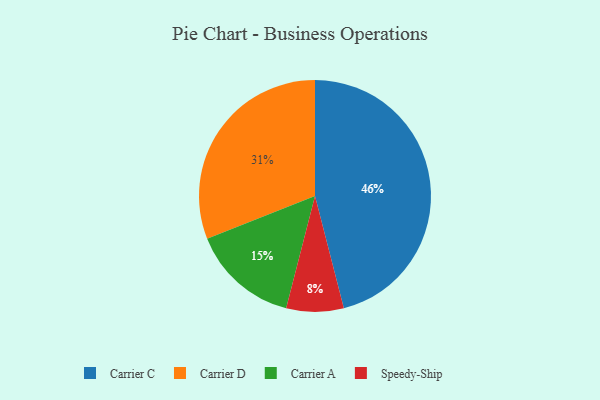
{"axis": {"x": "Category", "y": "Percentage"}, "legend": ["Carrier A", "Carrier C", "Carrier D", "Speedy-Ship"], "data": [{"x": "Speedy-Ship", "y": 8, "type": "Speedy-Ship"}, {"x": "Carrier A", "y": 15, "type": "Carrier A"}, {"x": "Carrier C", "y": 46, "type": "Carrier C"}, {"x": "Carrier D", "y": 31, "type": "Carrier D"}]}